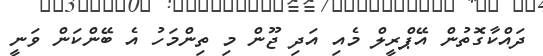
ދައްކާގޮތުން އޭޕްރީލް މެއި އަދި ޖޫން މި ތިންމަހު އެ ބޭންކަން ވަނީ